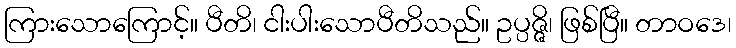
ကြားသောကြောင့်။ ပီတိ၊ ငါးပါးသောပီတိသည်။ ဥပ္ပဇ္ဇိ၊ ဖြစ်ပြီ။ တာဝဒေ၊